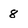
Character: 8